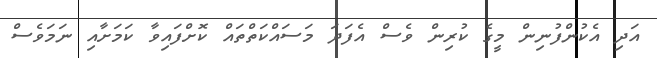
އަދި އެކުންފުނިން މީގެ ކުރިން ވެސް އެފަދަ މަސައްކަތްތައް ކޮށްފައިވާ ކަމަށާއި ނަމަވެސް